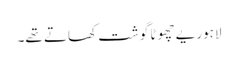
لاہوریے چھوٹا گوشت کھاتے تھے۔